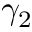
\gamma _ { 2 }